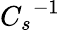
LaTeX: {C_{s}}^{-1}